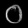
Digit: ၀